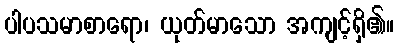
ပါပသမာစာရော၊ ယုတ်မာသော အကျင့်ရှိ၏။